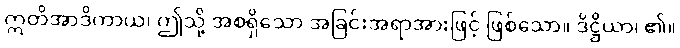
ဣတိအာဒိကာယ၊ ဤသို့ အစရှိသော အခြင်းအရာအားဖြင့် ဖြစ်သော။ ဒိဋ္ဌိယာ၊ ၏။